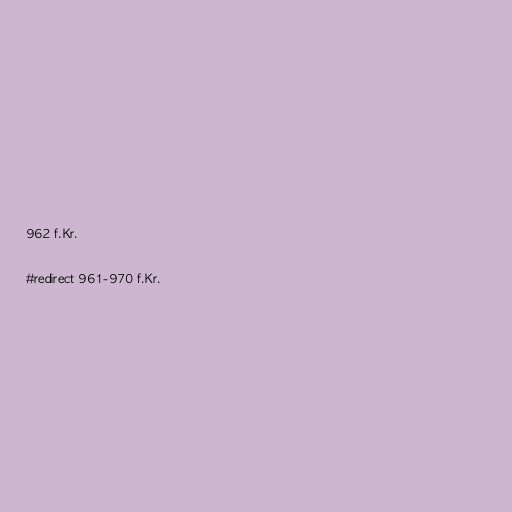
962 f.Kr.

#redirect 961-970 f.Kr.